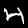
Digit: 4